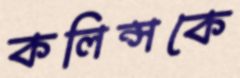
কলিন্সকে